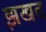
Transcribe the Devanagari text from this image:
झखत